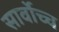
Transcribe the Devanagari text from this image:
सार्वोच्च